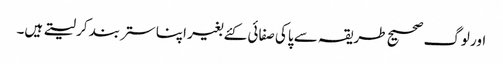
اور لوگ صحیح طریقہ سے پاکی صفائی کئے بغیر اپنا ستر بند کر لیتے ہیں۔